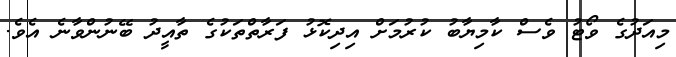
މިއަދުގެ ވޯޓު ވެސް ކާމިޔާބު ކުރުމަށް އިދިކޮޅު ފަރާތްތަކުގެ ތާއީދު ބޭނުންވާނެ އެވެ.